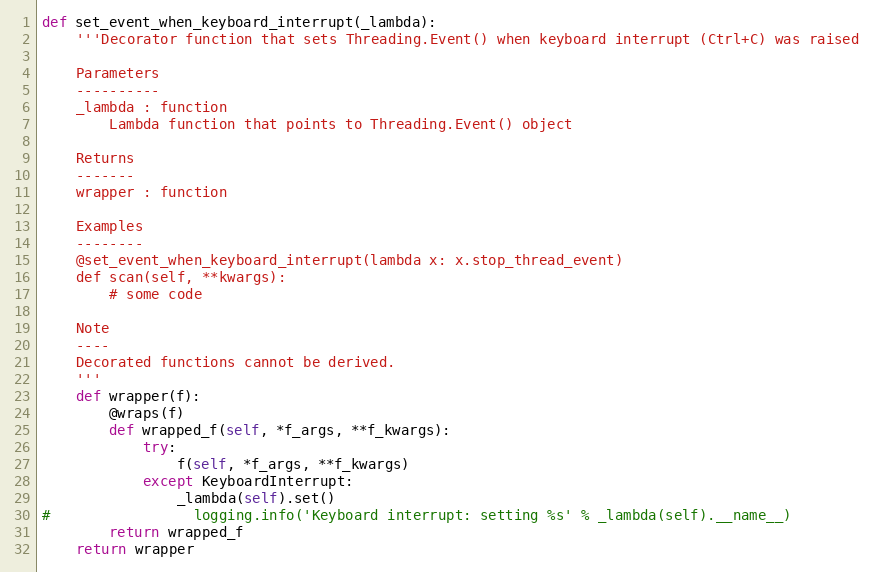
Language: Python
def set_event_when_keyboard_interrupt(_lambda):
    '''Decorator function that sets Threading.Event() when keyboard interrupt (Ctrl+C) was raised

    Parameters
    ----------
    _lambda : function
        Lambda function that points to Threading.Event() object

    Returns
    -------
    wrapper : function

    Examples
    --------
    @set_event_when_keyboard_interrupt(lambda x: x.stop_thread_event)
    def scan(self, **kwargs):
        # some code

    Note
    ----
    Decorated functions cannot be derived.
    '''
    def wrapper(f):
        @wraps(f)
        def wrapped_f(self, *f_args, **f_kwargs):
            try:
                f(self, *f_args, **f_kwargs)
            except KeyboardInterrupt:
                _lambda(self).set()
#                 logging.info('Keyboard interrupt: setting %s' % _lambda(self).__name__)
        return wrapped_f
    return wrapper